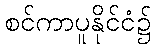
စင်ကာပူနိုင်ငံ၌